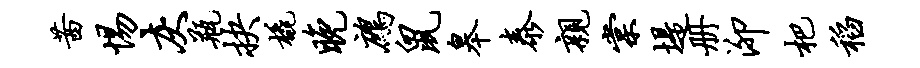
茜惕灰瓶抉橇晚鹧鼠皋泰亲棠堤册泖杷稻